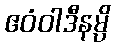
ဧဝံဝါဒီနမ္ပိ